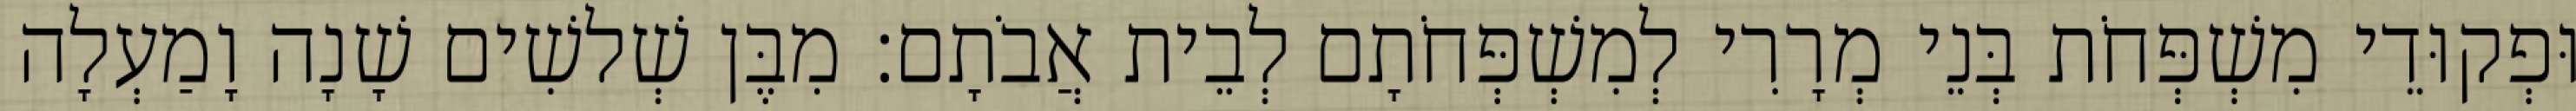
וּפְקוּדֵי מִשְׁפְּחֹת בְּנֵי מְרָרִי לְמִשְׁפְּחֹתָם לְבֵית אֲבֹתָם׃ מִבֶּן שְׁלשִׁים שָׁנָה וָמַעְלָה